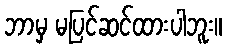
ဘာမှ မပြင်ဆင်ထားပါဘူး။